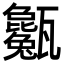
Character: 𤮭